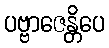
ပဗ္ဗာဇေန္တိပေ